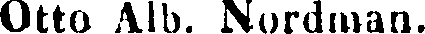
Otto Alb. Nordman.